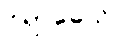
ဝိရာဓေသိ